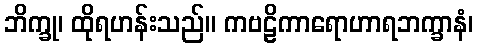
ဘိက္ခု၊ ထိုရဟန်းသည်။ ကဗဠိကာရောဟာရဘက္ခာနံ၊